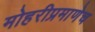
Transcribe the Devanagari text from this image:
मोहरीप्रमाणेच